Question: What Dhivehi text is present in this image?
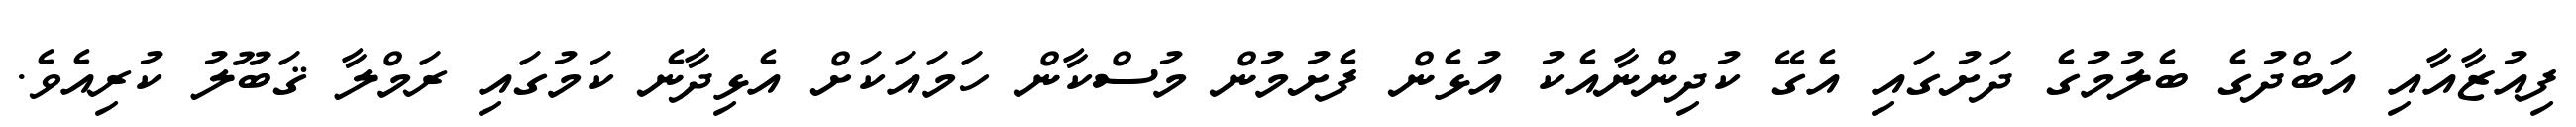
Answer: ފިއުޒާއާއި އަބްދުގެ ބެލުމުގެ ދަށުގައި އެގޭ ކުދިންނާއެކު އުޅެން ފެށުމުން މުސްކާން ހަމައަކަށް އެޅިދާނެ ކަމުގައި ރަމްލާ ޤަބޫލު ކުރިއެވެ.